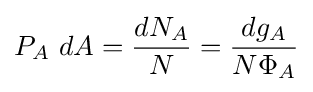
P_{A}~dA={\frac {dN_{A}}{N}}={\frac {dg_{A}}{N\Phi _{A}}}